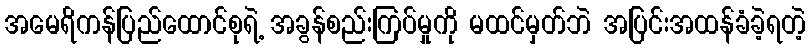
အမေရိကန်ပြည်ထောင်စုရဲ့ အခွန်စည်းကြပ်မှုကို မထင်မှတ်ဘဲ အပြင်းအထန်ခံခဲ့ရတဲ့